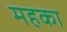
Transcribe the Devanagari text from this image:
महका